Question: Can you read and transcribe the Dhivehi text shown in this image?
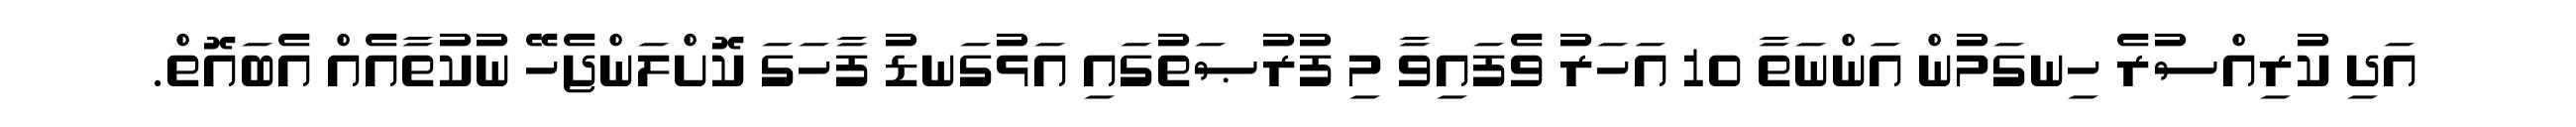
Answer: އަދި ކުރިއްސުރެ ހިނގަމުން އަންނަތާ 10 އަހަރު ވެފައިވާ މި ފުރުޞަތުގައި އަޅުގަނޑު ފާހަގަ ކޮށްލަންޖެހޭ ނުކުތާއެއް އެބައޮތް.